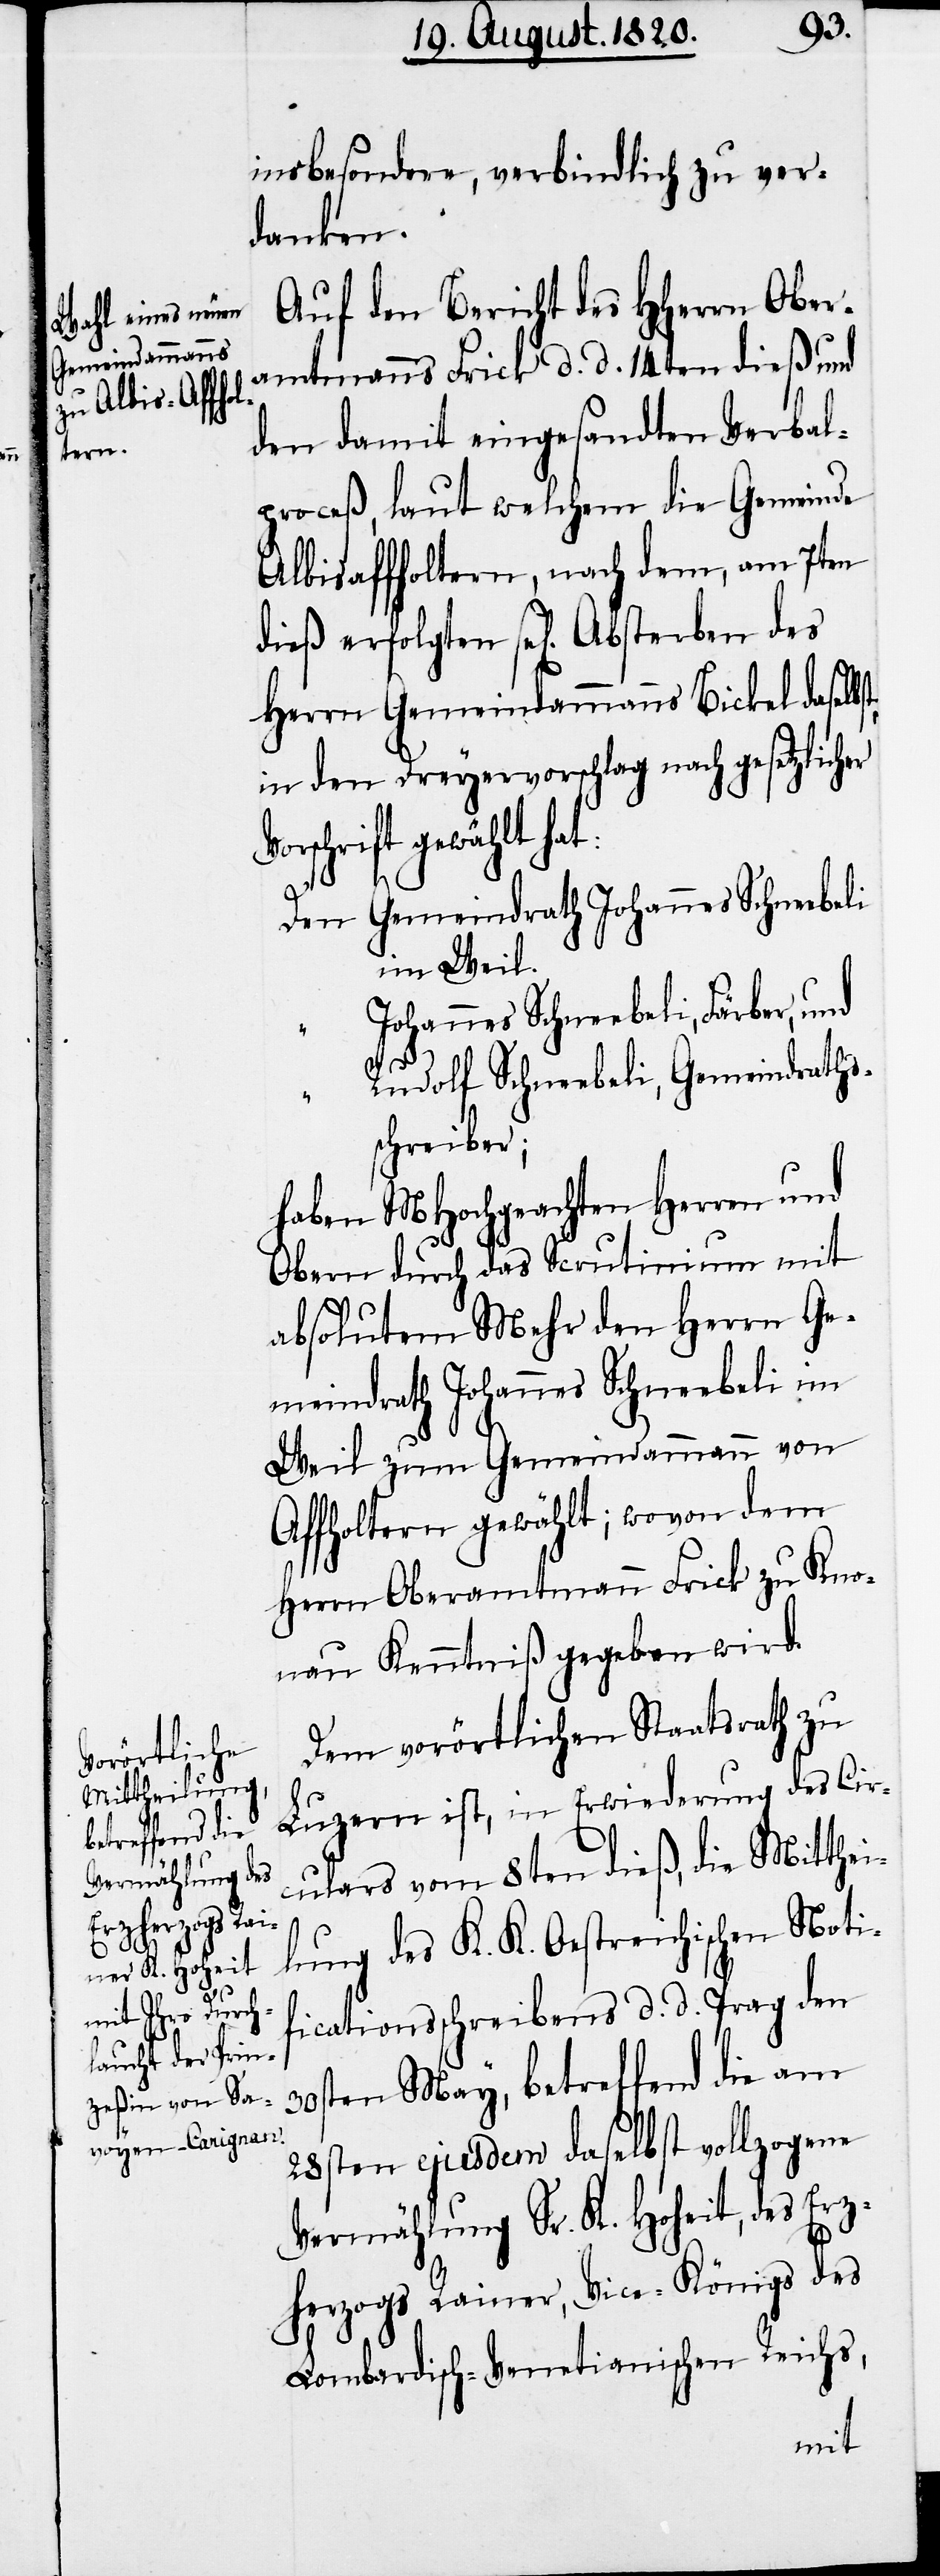
“		R¬
insbesondere, verbindlich zu ver¬
danken.
Auf den Bericht des Herrn Ober¬
amtmanns Frick d. d. 14ten dieß und
den damit eingesandten Verbal¬
proceß, laut welchem die Gemeinde
Albisaffholtern, nach dem, am 7ten
Herrn Gemeindammann Bickel daselbst
in den Dreyervorschlag nach gesetzlicher
rschrift gewählt hat:
Den	Gemeindrath Johannes Schneebeli
im Weil.
ohannes Schneebeli, Färber,
udolf Schneebeli, Gemeindraths¬
schreiber;
haben MHochgeachten Herren und
Obern durch das Scrutinium mit
absolutem Mehr den Herrn Ge¬
meindrath Johannes Schneebli im
Weil zum Gemeindammann von
Affholtern gewählt; wovon dem
Herrn Oberamtmann Frick zu Kno¬
nau Kenntniß gegeben wird.
Dem vorörtlichen Staatsrath zu
Luzern ist, in Erwiederung des Cir¬
culars vom 8ten dieß, die Mitthei¬
lung des K. K. Oestreichischen Noti¬
ficationsschreibens d. d. Prag den
30sten May, betreffend die am
28sten eujusdem daselbst vollzogene
Vermählung Sr. K. Hoheit, des Erz¬
herzogs Rainer, Vice-Königs des
Lombardisch-Venetianischen Reichs,